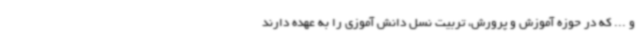
و ... که در حوزه آموزش و پرورش، تربیت نسل دانش آموزی را به عهده دارند